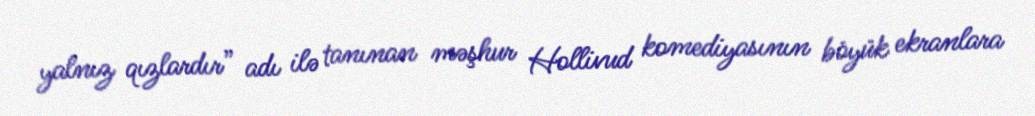
yalnız qızlardır” adı ilə tanınan məşhur Hollivud komediyasının böyük ekranlara